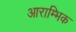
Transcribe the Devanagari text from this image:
आराम्भिक